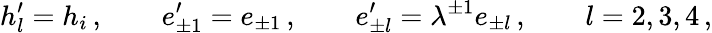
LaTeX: h_{l}^{\prime}=h_{i}\, ,\qquad e_{\pm 1}^{\prime}=e_{\pm 1}\, ,\qquad e_{\pm l}^{\prime}=\lambda^{\pm 1}e_{\pm l}\, ,\qquad l=2,3,4\, ,